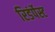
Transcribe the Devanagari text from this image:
रिडंर्पेस्ट